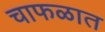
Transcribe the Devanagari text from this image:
चाफळात